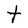
Character: t